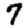
Digit: 7